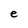
Character: e